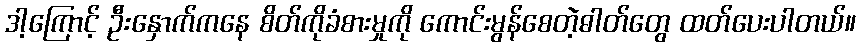
ဒါ့ကြောင့် ဦးနှောက်ကနေ စိတ်ကိုခံစားမှုကို ကောင်းမွန်စေတဲ့ဓါတ်တွေ ထတ်ပေးပါတယ်။